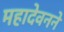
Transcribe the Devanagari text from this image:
महादेवनने